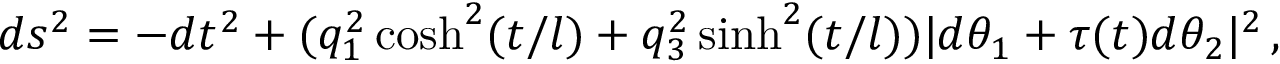
d s ^ { 2 } = - d t ^ { 2 } + ( q _ { 1 } ^ { 2 } \cosh ^ { 2 } ( t / l ) + q _ { 3 } ^ { 2 } \sinh ^ { 2 } ( t / l ) ) | d \theta _ { 1 } + \tau ( t ) d \theta _ { 2 } | ^ { 2 } \, ,